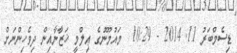
ޑިސެމްބަރު 11